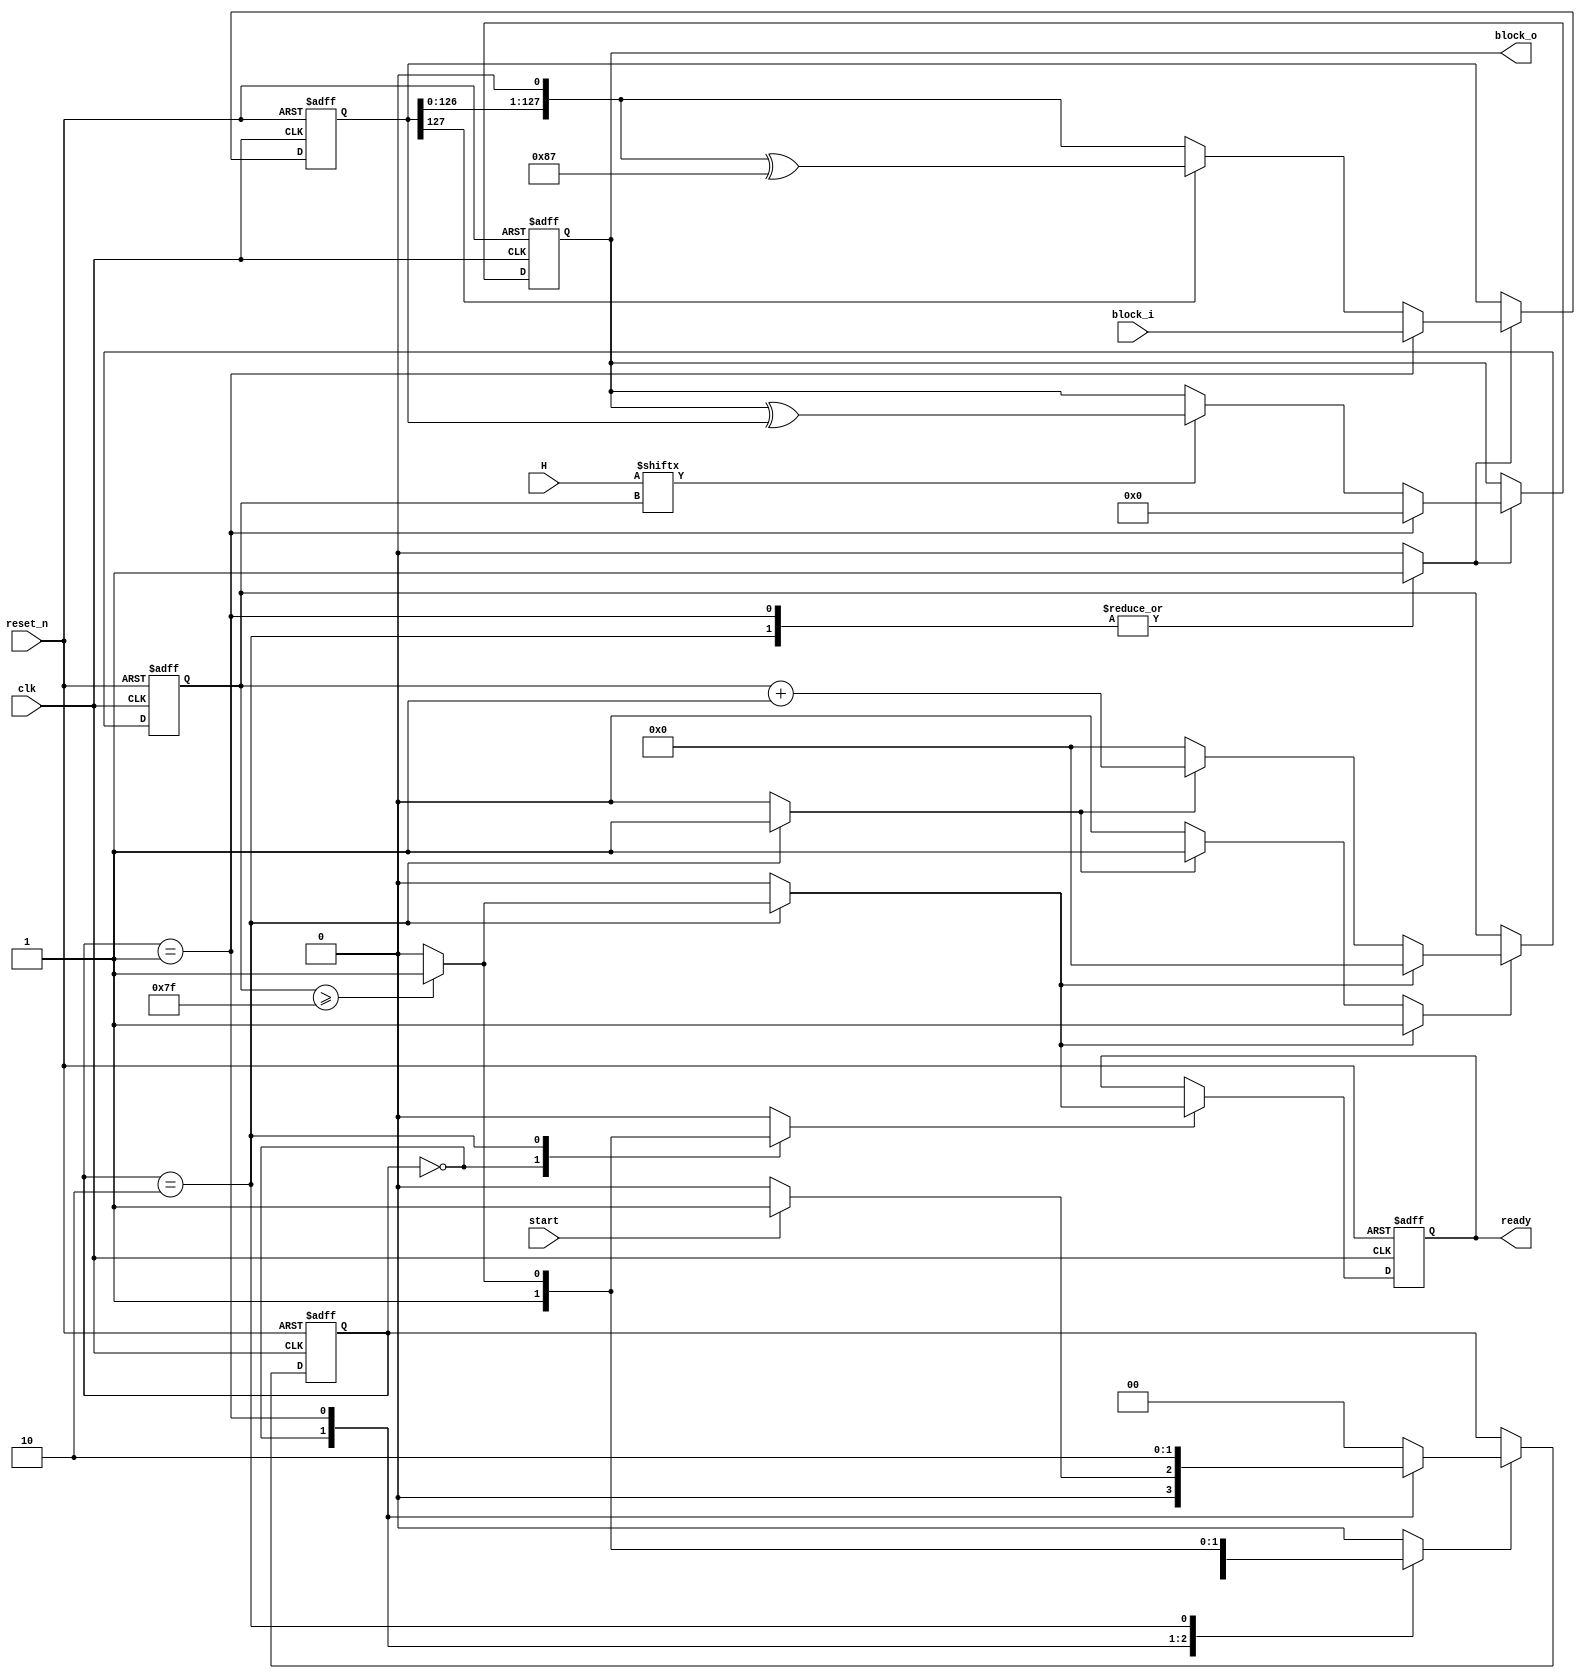
//////////////////////////////////////////////////////////////////////////////////
// Company: 
// 
// Design Name: 
// Module Name: mulH
// Project Name: 
// Target Devices: 
// Tool Versions: 
// Description: 
// 
// Dependencies: 
// 
// Revision:
// Revision 0.01 - File Created
// Additional Comments:
// 
//////////////////////////////////////////////////////////////////////////////////

`default_nettype none

module mulH(
           input wire            clk,
           input wire            reset_n,
           
           input wire            start,
           input wire [127 : 0]  H,
           input wire [127 : 0]  block_i,
           
           output wire [127 : 0] block_o,
           output wire           ready
          );
  
  //----------------------------------------------------------------
  // Internal constant and parameter definitions.
  //----------------------------------------------------------------        
  localparam CTRL_IDLE     = 2'h0;
  localparam CTRL_LOAD     = 2'h1;
  localparam CTRL_COMP     = 2'h2;
  
  //----------------------------------------------------------------
  // Registers + update variables and write enable.
  //----------------------------------------------------------------
  reg [1 : 0]    mulH_ctrl_reg;
  reg [1 : 0]    mulH_ctrl_new;
  reg            mulH_ctrl_we;
  
  reg            ready_reg;
  reg            ready_new;
  reg            ready_we;
  
  reg [127 : 0]  Z_reg;
  reg [127 : 0]  Z_new;
  reg            Z_we;
  
  reg [127 : 0]  V_reg;
  reg [127 : 0]  V_new;
  reg            V_we;
  
  reg [7 : 0]   ctr_reg;
  reg [7 : 0]   ctr_new;
  reg           ctr_we;
  reg           ctr_inc;
  reg           ctr_rst;
  
  //----------------------------------------------------------------
  // Wires.
  //----------------------------------------------------------------
 
  //----------------------------------------------------------------
  // Concurrent connectivity for ports etc.
  //----------------------------------------------------------------
  assign block_o = Z_reg;
  assign ready   = ready_reg;
  
  //----------------------------------------------------------------
  // reg_update
  //
  // Update functionality for all registers in the core.
  // All registers are positive edge triggered with asynchronous
  // active low reset. All registers have write enable.
  //----------------------------------------------------------------
  always @ (posedge clk or negedge reset_n)
    begin: reg_update
      if (!reset_n)
        begin
          mulH_ctrl_reg <= CTRL_IDLE;
          ready_reg     <= 1'b0;
          Z_reg         <= 128'h0;
          V_reg         <= 128'h0;
          ctr_reg       <= 8'h0;
        end
      else
        begin
          if (mulH_ctrl_we)
            mulH_ctrl_reg <= mulH_ctrl_new;
          if (ready_we)
            ready_reg <= ready_new;
          if (Z_we)
              Z_reg <= Z_new;
          if (V_we)
            V_reg <= V_new;
          if (ctr_we)
            ctr_reg <= ctr_new;
        end
    end // reg_update
    
  //----------------------------------------------------------------
  // mulH Logic
  //----------------------------------------------------------------
  always @*
    begin : mulH_logic
      if (mulH_ctrl_reg == CTRL_LOAD)
        begin
          Z_new = 128'h0;
          V_new = block_i;
        end
      else
        begin
          if (H[ctr_reg] == 1'b1)
            Z_new = Z_reg ^ V_reg;
          else
            Z_new = Z_reg;
          if (V_reg[127] == 1'b0)
            V_new = V_reg << 1;
          else
            V_new = (V_reg << 1) ^ {120'h0, 8'b10000111};
        end
    end // mulH_logic
    
  //----------------------------------------------------------------
  // ctr
  //----------------------------------------------------------------
  always @*
    begin : ctr
      ctr_new = 8'h0;
      ctr_we  = 1'b0;
      if (ctr_rst)
        begin
          ctr_new = 8'h0;
          ctr_we  = 1'b1;
        end
      else if (ctr_inc)
        begin
          ctr_new = ctr_reg + 8'h1;
          ctr_we  = 1'b1;
        end
    end // ctr  
    
  //----------------------------------------------------------------
  // mulH_ctrl
  //
  // Control FSM for mulH.
  //----------------------------------------------------------------
  always @*
    begin: mulH_ctrl
      ready_new     = 1'b0;
      ready_we      = 1'b0;
      mulH_ctrl_new = CTRL_IDLE;
      mulH_ctrl_we  = 1'b0;
      Z_we          = 1'b0;
      V_we          = 1'b0;
      ctr_rst       = 1'b0;
      ctr_inc       = 1'b0;
        
      case (mulH_ctrl_reg)
        CTRL_IDLE:
          begin
            ready_new = 1'b0;
            ready_we  = 1'b1;
            if (start)
              begin
                mulH_ctrl_new = CTRL_LOAD;
                mulH_ctrl_we  = 1'b1;
              end
          end
        CTRL_LOAD:
          begin
            Z_we = 1'b1;
            V_we = 1'b1;
            mulH_ctrl_new = CTRL_COMP;
            mulH_ctrl_we  = 1'b1;
          end
        CTRL_COMP:
          begin
            Z_we    = 1'b1;
            V_we    = 1'b1;
            ctr_inc = 1'b1;
            if (ctr_reg >= 8'd127)
              begin
                mulH_ctrl_new = CTRL_IDLE;
                mulH_ctrl_we  = 1'b1;
                ctr_rst       = 1'b1;
                ready_new     = 1'b1;
                ready_we      = 1'b1;
              end
          end
        default: 
          begin
        
          end
        endcase // case (mulH_ctrl_reg)
        
      end // mulH_ctrl
  
endmodule // mulH